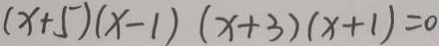
( x + 5 ) ( x - 1 ) ( x + 3 ) ( x + 1 ) = 0